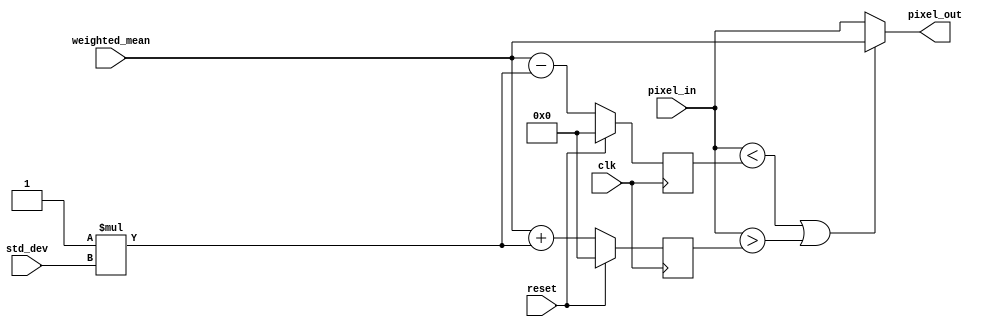

module  pixel_replacement (

 input clk, reset,
 output [31:0] pixel_out,
 input  [31:0] std_dev,
 input  [31:0] weighted_mean,
 input  [31:0] pixel_in 

);


parameter K=1;

// intermediate registers
reg [31:0] upper_threshold;
//reg [31:0] pixel_in;
reg [31:0] lower_threshold;

always @(posedge clk)
begin

if(reset)
		begin

			upper_threshold <=0;
			lower_threshold <=0;

		end else 
			
			begin

			upper_threshold <= weighted_mean +  K*std_dev;
			lower_threshold <= weighted_mean - 	K*std_dev;


			end  

end



assign pixel_out = (pixel_in < lower_threshold   || pixel_in > upper_threshold)? weighted_mean:pixel_in;

endmodule